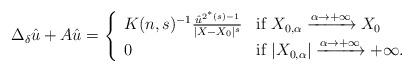
LaTeX: \begin{align*}\Delta_\delta\hat{u} + A\hat{u} = \left\{\begin{array}{lll}K(n,s)^{-1}\frac{\hat{u}^{2^*(s)-1}}{|X-X_0|^s} & {\rm if} \;X_{0,\alpha} \xrightarrow{\alpha\rightarrow+\infty} X_0 \hbox{}\\ 0 & {\rm if} \; |X_{0,\alpha}| \xrightarrow{\alpha\rightarrow+\infty} +\infty. \hbox{}\end{array}\right.\end{align*}